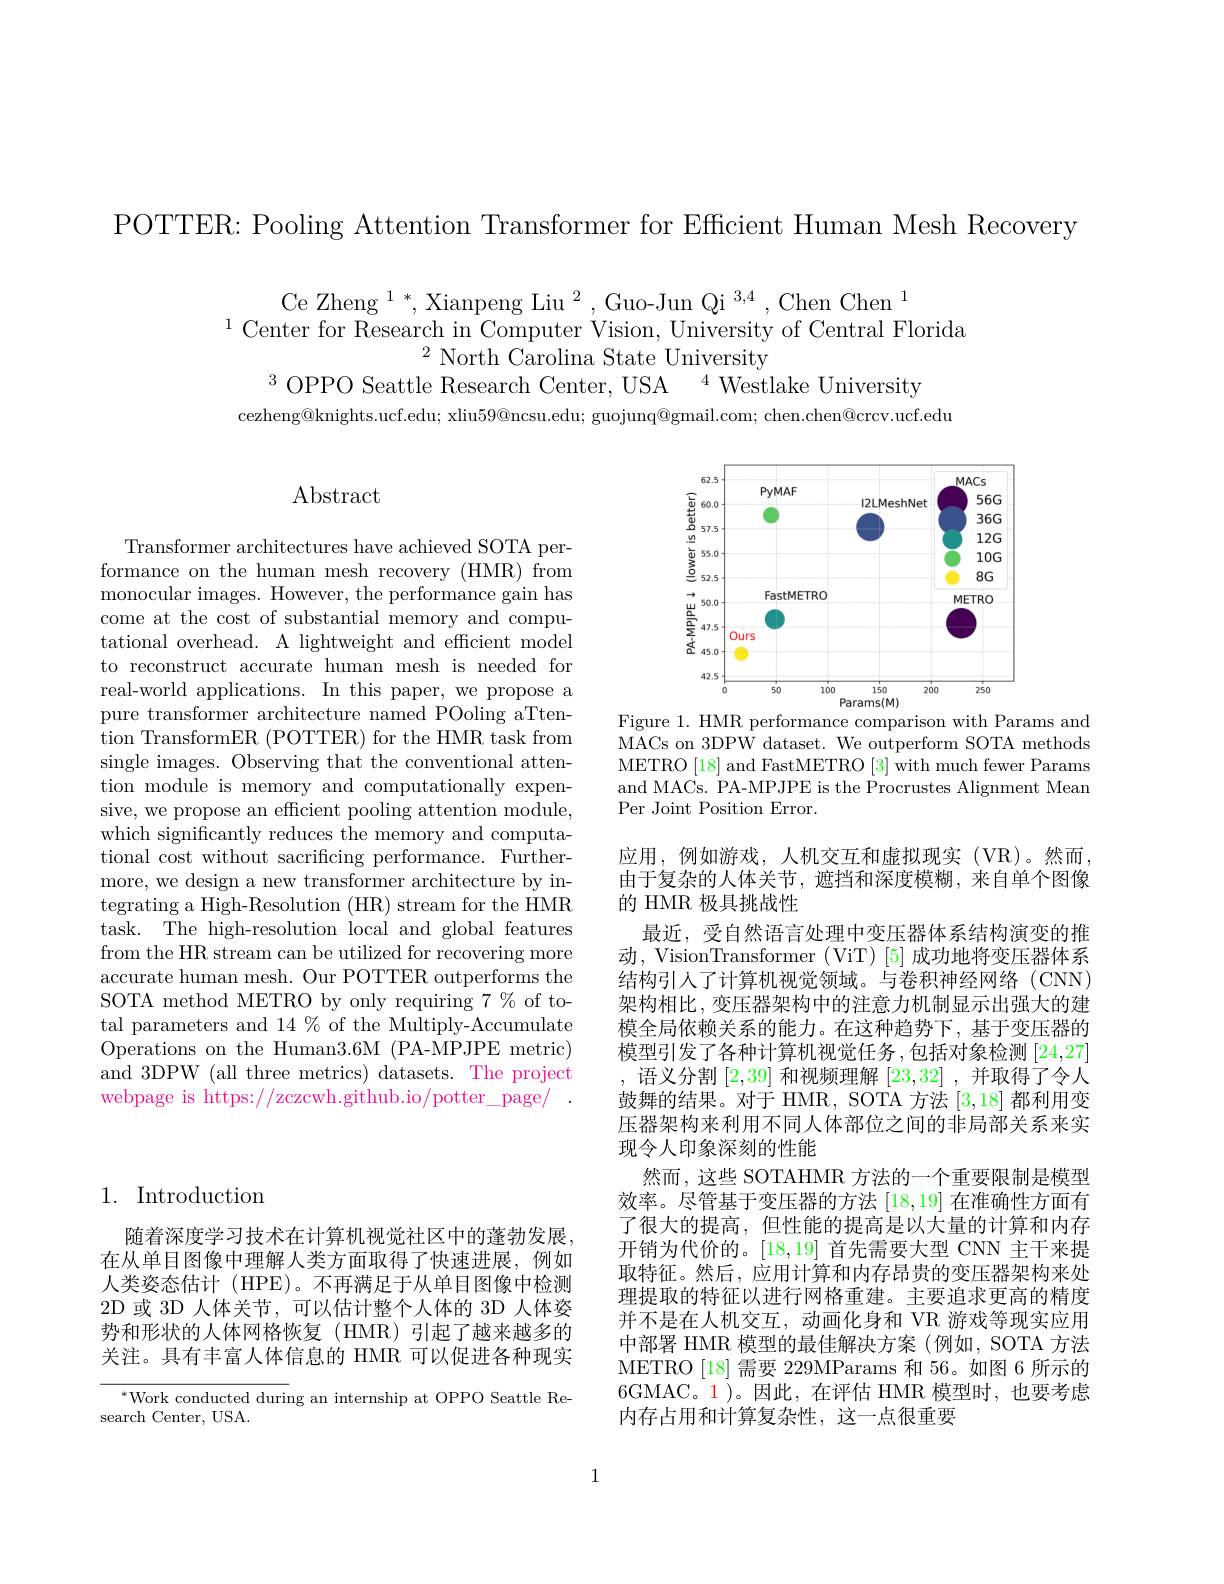
POTTER: Pooling Attention Transformer for Efficient Human Mesh Recovery

Ce Zheng $^1*,\text{Xianpeng Liu}^2,\text{Guo-Jun Qi}^{3,4}$,Chen Chen$^1$
$^{1}$Center for Research in Computer Vision, University of Central Florida
$^{2}$ North Carolina State University
$^{3}$OPPO Seattle Research Center, USA
$^{4}{\mathrm{~Westlake~University}}$
cezheng@knights.ucf.edu; xliu$59@$ncsu.edu; guojunq@gmail.com; chen.chen@crcv.ucf.edu

## Abstract

<FigureHere>
Figure 1. HMR performance comparison with Params and

MACs on 3DPW dataset. We outperform SOTA methods METRO [18] and FastMETRO [3] with much fewer Params and MACs. PA-MPJPE is the Procrustes Alignment Mean Per Joint Position Error.

Transformer architectures have achieved SOTA performance on the human mesh recovery (HMR) from monocular images. However, the performance gain has come at the cost of substantial memory and computational overhead. A lightweight and efficient model to reconstruct accurate human mesh is needed for real-world applications. In this paper, we propose a pure transformer architecture named POoling aTtention TransformER (POTTER) for the HMR task from single images. Observing that the conventional attention module is memory and computationally expensive, we propose an efficient pooling attention module, which significantly reduces the memory and computational cost without sacrificing performance. Furthermore, we design a new transformer architecture by integrating a High-Resolution (HR) stream for the HMR task. The high-resolution local and global features from the HR stream can be utilized for recovering more accurate human mesh. Our POTTER outperforms the SOTA method METRO by only requiring 7 % of total parameters and 14 % of the Multiply-Accumulate Operations on the Human3.6M (PA-MPJPE metric) and 3DPW (all three metrics) datasets. The project webpage is https://zczcwh.github.io/potter\_page/

应用，例如游戏，人机交互和虚拟现实(VR)。然而， 由于复杂的人体关节，遮挡和深度模糊，来自单个图像的 HMR 极具挑战性
最近，受自然语言处理中变压器体系结构演变的推动，VisionTransformer(ViT)[5]成功地将变压器体系结构引人了计算机视觉领域。与卷积神经网络(CNN) 架构相比，变压器架构中的注意力机制显示出强大的建模全局依赖关系的能力。在这种趋势下，基于变压器的模型引发了各种计算机视觉任务，包括对象检测[24,27] ,语义分割[2,39]和视频理解[23,32] ,并取得了令人鼓舞的结果。对于 HMR, SOTA 方法[3,18]都利用变压器架构来利用不同人体部位之间的非局部关系来实现令人印象深刻的性能
然而，这些 SOTAHMR 方法的一个重要限制是模型效率。尽管基于变压器的方法[18,19]在准确性方面有了很大的提高，但性能的提高是以大量的计算和内存开销为代价的。[18,19]首先需要大型 CNN 主干来提取特征。然后，应用计算和内存昂贵的变压器架构来处理提取的特征以进行网格重建。主要追求更高的精度并不是在人机交互，动画化身和 VR 游戏等现实应用中部署 HMR 模型的最佳解决方案(例如，SOTA 方法METRO[18]需要 229MParams 和 56。如图 6 所示的6GMAC。1)。因此，在评估 HMR 模型时，也要考虑内存占用和计算复杂性，这一点很重要

# 1. Introduction

随着深度学习技术在计算机视觉社区中的蓬勃发展。在从单目图像中理解人类方面取得了快速进展，例如人类姿态估计 (HPE)。不再满足于从单目图像中检测2D 或 3D 人体关节，可以估计整个人体的 3D 人体姿势和形状的人体网格恢复(HMR)引起了越来越多的关注。具有丰富人体信息的 HMR 可以促进各种现实

$^*$Work conducted during an internship at OPPO Seattle Re-
search Center, USA.

1